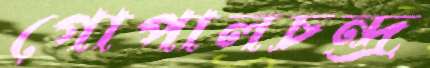
গোপালচন্দ্র